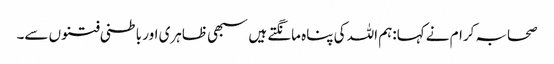
صحابہ کرام نے کہا:ہم اللہ کی پناہ مانگتے ہیں سبھی ظاہری اور باطنی فتنوں سے۔